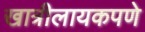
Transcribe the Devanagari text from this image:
खात्रीलायकपणे